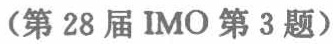
（第 28 届 IMO 第 3 题）